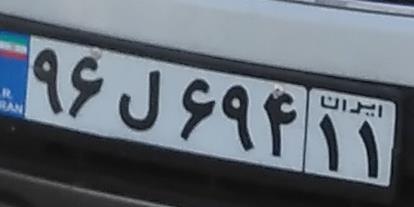
۹۶ل۶۹۴۱۱